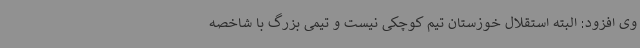
وی افزود: البته استقلال خوزستان تیم کوچکی نیست و تیمی بزرگ با شاخصه